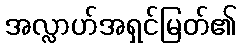
အလ္လာဟ်အရှင်မြတ်၏